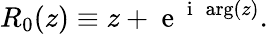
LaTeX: R_{0}(z)\equiv z+\mathrm{~e~}^{\mathrm{~i~}\, \arg(z)}.